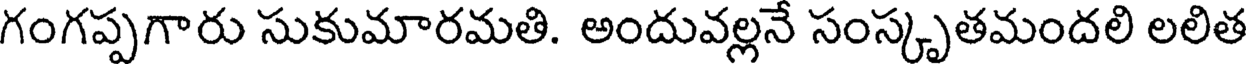
గంగప్పగారు సుకుమారమతి. అందువల్లనే సంస్కృతమందలి లలిత